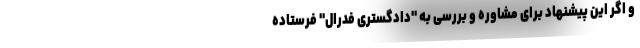
و اگر این پیشنهاد برای مشاوره و بررسی به "دادگستری فدرال" فرستاده